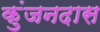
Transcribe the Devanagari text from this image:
कुंजनदास